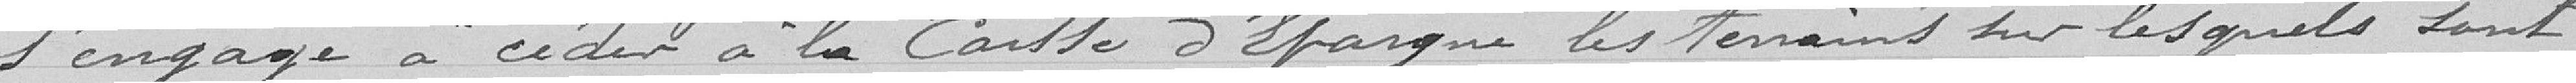
s'engage à céder à la Caisse d'Epargen les terrains sur lesquels sont